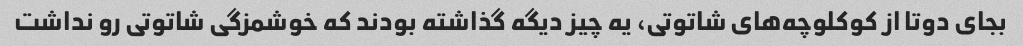
بجای دوتا از کوکلوچه‌های شاتوتی، یه چیز دیگه گذاشته بودند که خوشمزگی شاتوتی رو نداشت